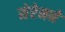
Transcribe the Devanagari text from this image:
सेरेमने